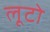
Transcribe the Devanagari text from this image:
लूटो